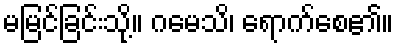
မမြင်ခြင်းသို့။ ဂမေသိ၊ ရောက်စေ၏။